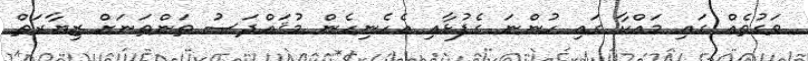
ވަގުތެއް ގައި މައްކާ ގައި ހުންނަ ގެފުޅާއި އެހެނިހެން މުޤައްދަސު ތަންތަނަށް ޒިޔާރަތް